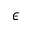
\epsilon